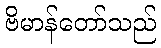
ဗိမာန်တော်သည်